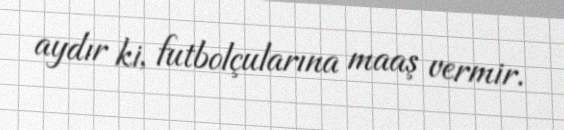
aydır ki, futbolçularına maaş vermir.